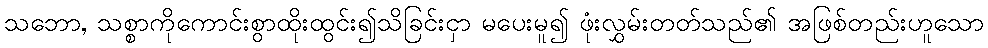
သဘော, သစ္စာကိုကောင်းစွာထိုးထွင်း၍သိခြင်းငှာ မပေးမူ၍ ဖုံးလွှမ်းတတ်သည်၏ အဖြစ်တည်းဟူသော